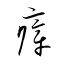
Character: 瘴